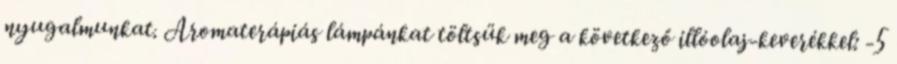
nyugalmunkat. Aromaterápiás lámpánkat töltsük meg a következő illóolaj-keverékkel: -5